Note on the mental hospitals in Burma - 1925-1940
Year: 1925
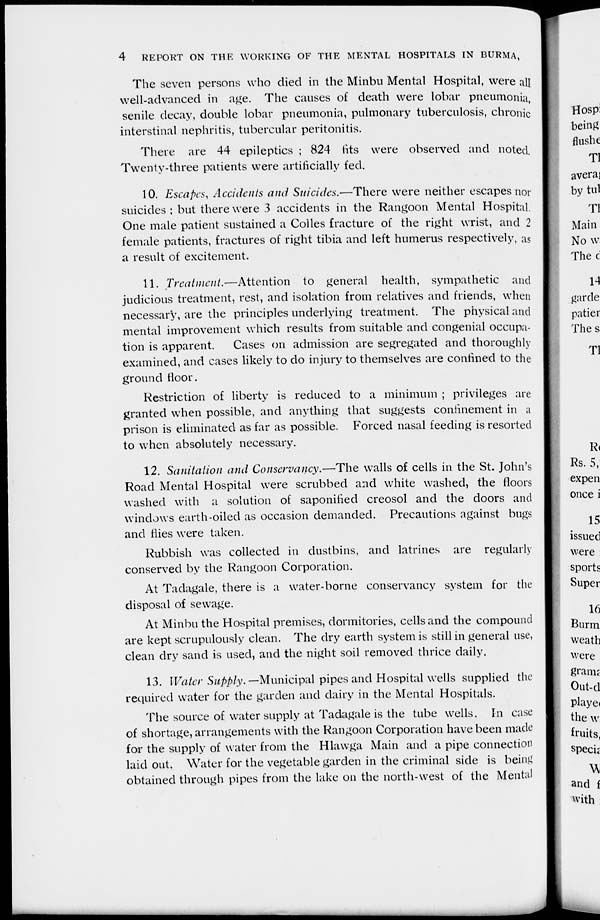
4
REPORT ON THE WORKING OF THE MENTAL HOSPITALS IN BURMA,
The seven persons who died in the Minbu Mental Hospital, were all
well-advanced in age. The causes of death were lobar pneumonia
senile decay, double lobar pneumonia, pulmonary tuberculosis, chronic
interstinal nephritis, tubercular peritonitis.
There are 44 epileptics ; 824 fits were observed and noted.
Twenty-three patients were artificially fed.
10. Escapes, Accidents and Suicides.—There were neither escapes nor
suicides; but there were 3 accidents in the Rangoon Mental Hospital.
One male patient sustained a Coiles fracture of the right wrist, and 2
female patients, fractures of right tibia and left humerus respectively, as
a result of excitement.
11. Treatment.—Attention
to general health, sympathetic and
judicious treatment, rest, and isolation from relatives and friends, when
necessary, are the principles underlying treatment. The physical and
mental improvement which results from suitable and congenial occupa-
tion is apparent.
Cases on admission are segregated and thoroughly
examined, and cases likely to do injury to themselves are confined to the
ground floor.
Restriction of liberty is reduced to a minimum ; privileges are
granted when possible, and anything that suggests confinement in a
prison is eliminated as far as possible. Forced nasal feeding is resorted
to when absolutely necessary.
12. Sanitation and Conservancy.—The walls of cells in the St. John's
Road Mental Hospital were scrubbed and white washed, the floors
washed with a solution of saponified creosol and the doors and
windows earth-oiled as occasion demanded. Precautions against bugs
and flies were taken.
Rubbish was collected in dustbins, and latrines are regularly
conserved by the Rangoon Corporation.
At Tadagale, there is a water-borne conservancy system for the
disposal of sewage.
At Minbu the Hospital premises, dormitories, cells and the compound
are kept scrupulously clean. The dry earth system is still in general use,
clean dry sand is used, and the night soil removed thrice daily.
13. Water Supply.— Municipal pipes and Hospital wells supplied the
required water for the garden and dairy in the Mental Hospitals.
The source of water supply at Tadagale is the tube wells. In case
of shortage, arrangements with the Rangoon Corporation have been made
for the supply of water from the Hlawga Main and a pipe connection
laid out. Water for the vegetable garden in the criminal side is being
obtained through pipes from the lake on the north-west of the Mental